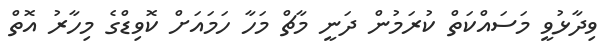
ވިދާޅުވީ މަސައްކަތް ކުރަމުން ދަނީ މާޗް މަހާ ހަމައަށް ކޮވިޑްގެ މިހާރު އޮތް